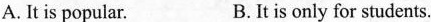
A. It is popular. B.It is only for students.